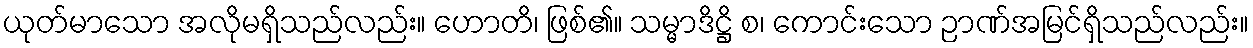
ယုတ်မာသော အလိုမရှိသည်လည်း။ ဟောတိ၊ ဖြစ်၏။ သမ္မာဒိဋ္ဌိ စ၊ ကောင်းသော ဉာဏ်အမြင်ရှိသည်လည်း။